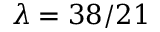
\lambda = 3 8 / 2 1